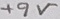
Text: +9V